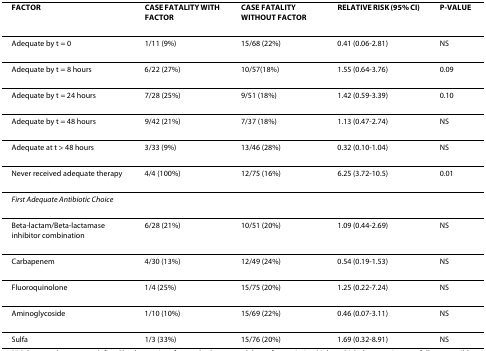
<table><thead><tr><td><b>FACTOR</b></td><td><b>CASE FATALITY WITH FACTOR</b></td><td><b>CASE FATALITY WITHOUT FACTOR</b></td><td><b>RELATIVE RISK (95% CI)</b></td><td><b>P-VALUE</b></td></tr></thead><tbody><tr><td>Adequate by t = 0</td><td>1/11 (9%)</td><td>15/68 (22%)</td><td>0.41 (0.06-2.81)</td><td>NS</td></tr><tr><td>Adequate by t = 8 hours</td><td>6/22 (27%)</td><td>10/57(18%)</td><td>1.55 (0.64-3.76)</td><td>0.09</td></tr><tr><td>Adequate by t = 24 hours</td><td>7/28 (25%)</td><td>9/51 (18%)</td><td>1.42 (0.59-3.39)</td><td>0.10</td></tr><tr><td>Adequate by t = 48 hours</td><td>9/42 (21%)</td><td>7/37 (18%)</td><td>1.13 (0.47-2.74)</td><td>NS</td></tr><tr><td>Adequate at t &gt; 48 hours</td><td>3/33 (9%)</td><td>13/46 (28%)</td><td>0.32 (0.10-1.04)</td><td>NS</td></tr><tr><td>Never received adequate therapy</td><td>4/4 (100%)</td><td>12/75 (16%)</td><td>6.25 (3.72-10.5)</td><td>0.01</td></tr><tr><td><i>First Adequate Antibiotic Choice</i></td><td></td><td></td><td></td><td></td></tr><tr><td>Beta-lactam/Beta-lactamase inhibitor combination</td><td>6/28 (21%)</td><td>10/51 (20%)</td><td>1.09 (0.44-2.69)</td><td>NS</td></tr><tr><td>Carbapenem</td><td>4/30 (13%)</td><td>12/49 (24%)</td><td>0.54 (0.19-1.53)</td><td>NS</td></tr><tr><td>Fluoroquinolone</td><td>1/4 (25%)</td><td>15/75 (20%)</td><td>1.25 (0.22-7.24)</td><td>NS</td></tr><tr><td>Aminoglycoside</td><td>1/10 (10%)</td><td>15/69 (22%)</td><td>0.46 (0.07-3.11)</td><td>NS</td></tr><tr><td>Sulfa</td><td>1/3 (33%)</td><td>15/76 (20%)</td><td>1.69 (0.32-8.91)</td><td>NS</td></tr></tbody></table>